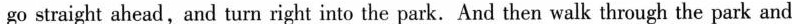
go straight ahead,and turn right into the park. And then walk through the park and